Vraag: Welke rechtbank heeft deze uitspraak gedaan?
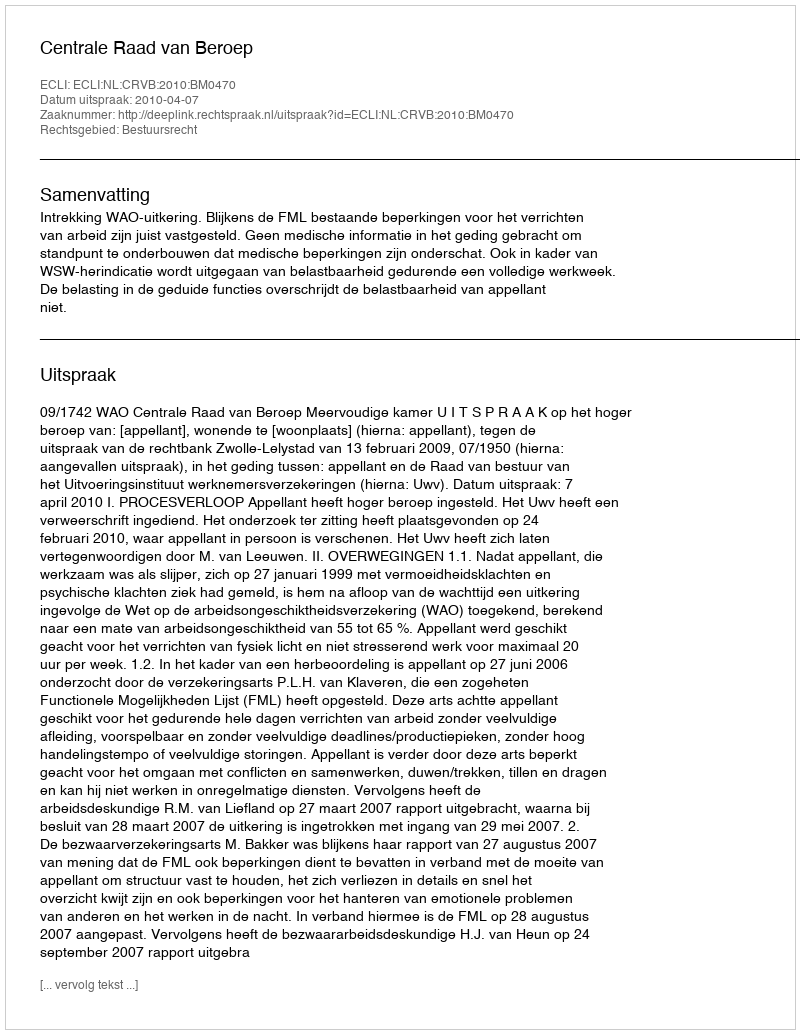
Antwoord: Centrale Raad van Beroep